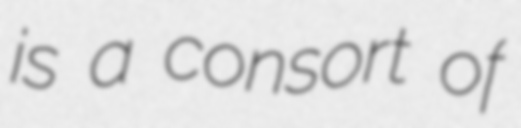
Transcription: is a consort of